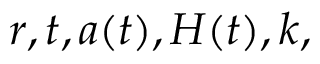
r , t , a ( t ) , H ( t ) , k ,